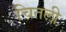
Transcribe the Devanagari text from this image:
चितली